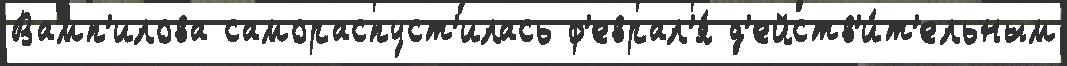
Вамп'илова самораспуст'илась ф'еврал'я́ д'ейств'и́т'ельным